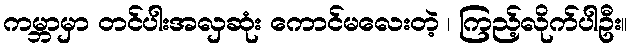
ကမ္ဘာမှာ တင်ပါးအလှဆုံး ကောင်မလေးတဲ့ ၊ ကြည့်လိုက်ပါဦး။